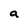
Character: a